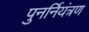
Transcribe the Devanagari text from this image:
पुनर्नियंत्रण